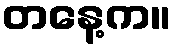
တနေ့က။